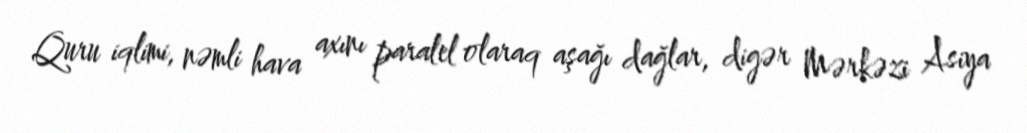
Quru iqlimi, nəmli hava axını paralel olaraq aşağı dağlar, digər Mərkəzi Asiya